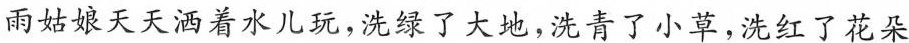
雨姑娘天天洒着水儿玩，洗绿了大地，洗青了小草，洗红了花朵